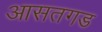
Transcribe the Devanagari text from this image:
आसतगड